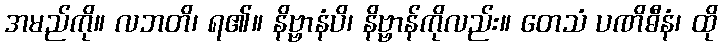
အမည်ကို။ လဘတိ၊ ရ၏။ နိဗ္ဗာနံပိ၊ နိဗ္ဗာန်ကိုလည်း။ တေသံ ပဏိဓီနံ၊ ထို